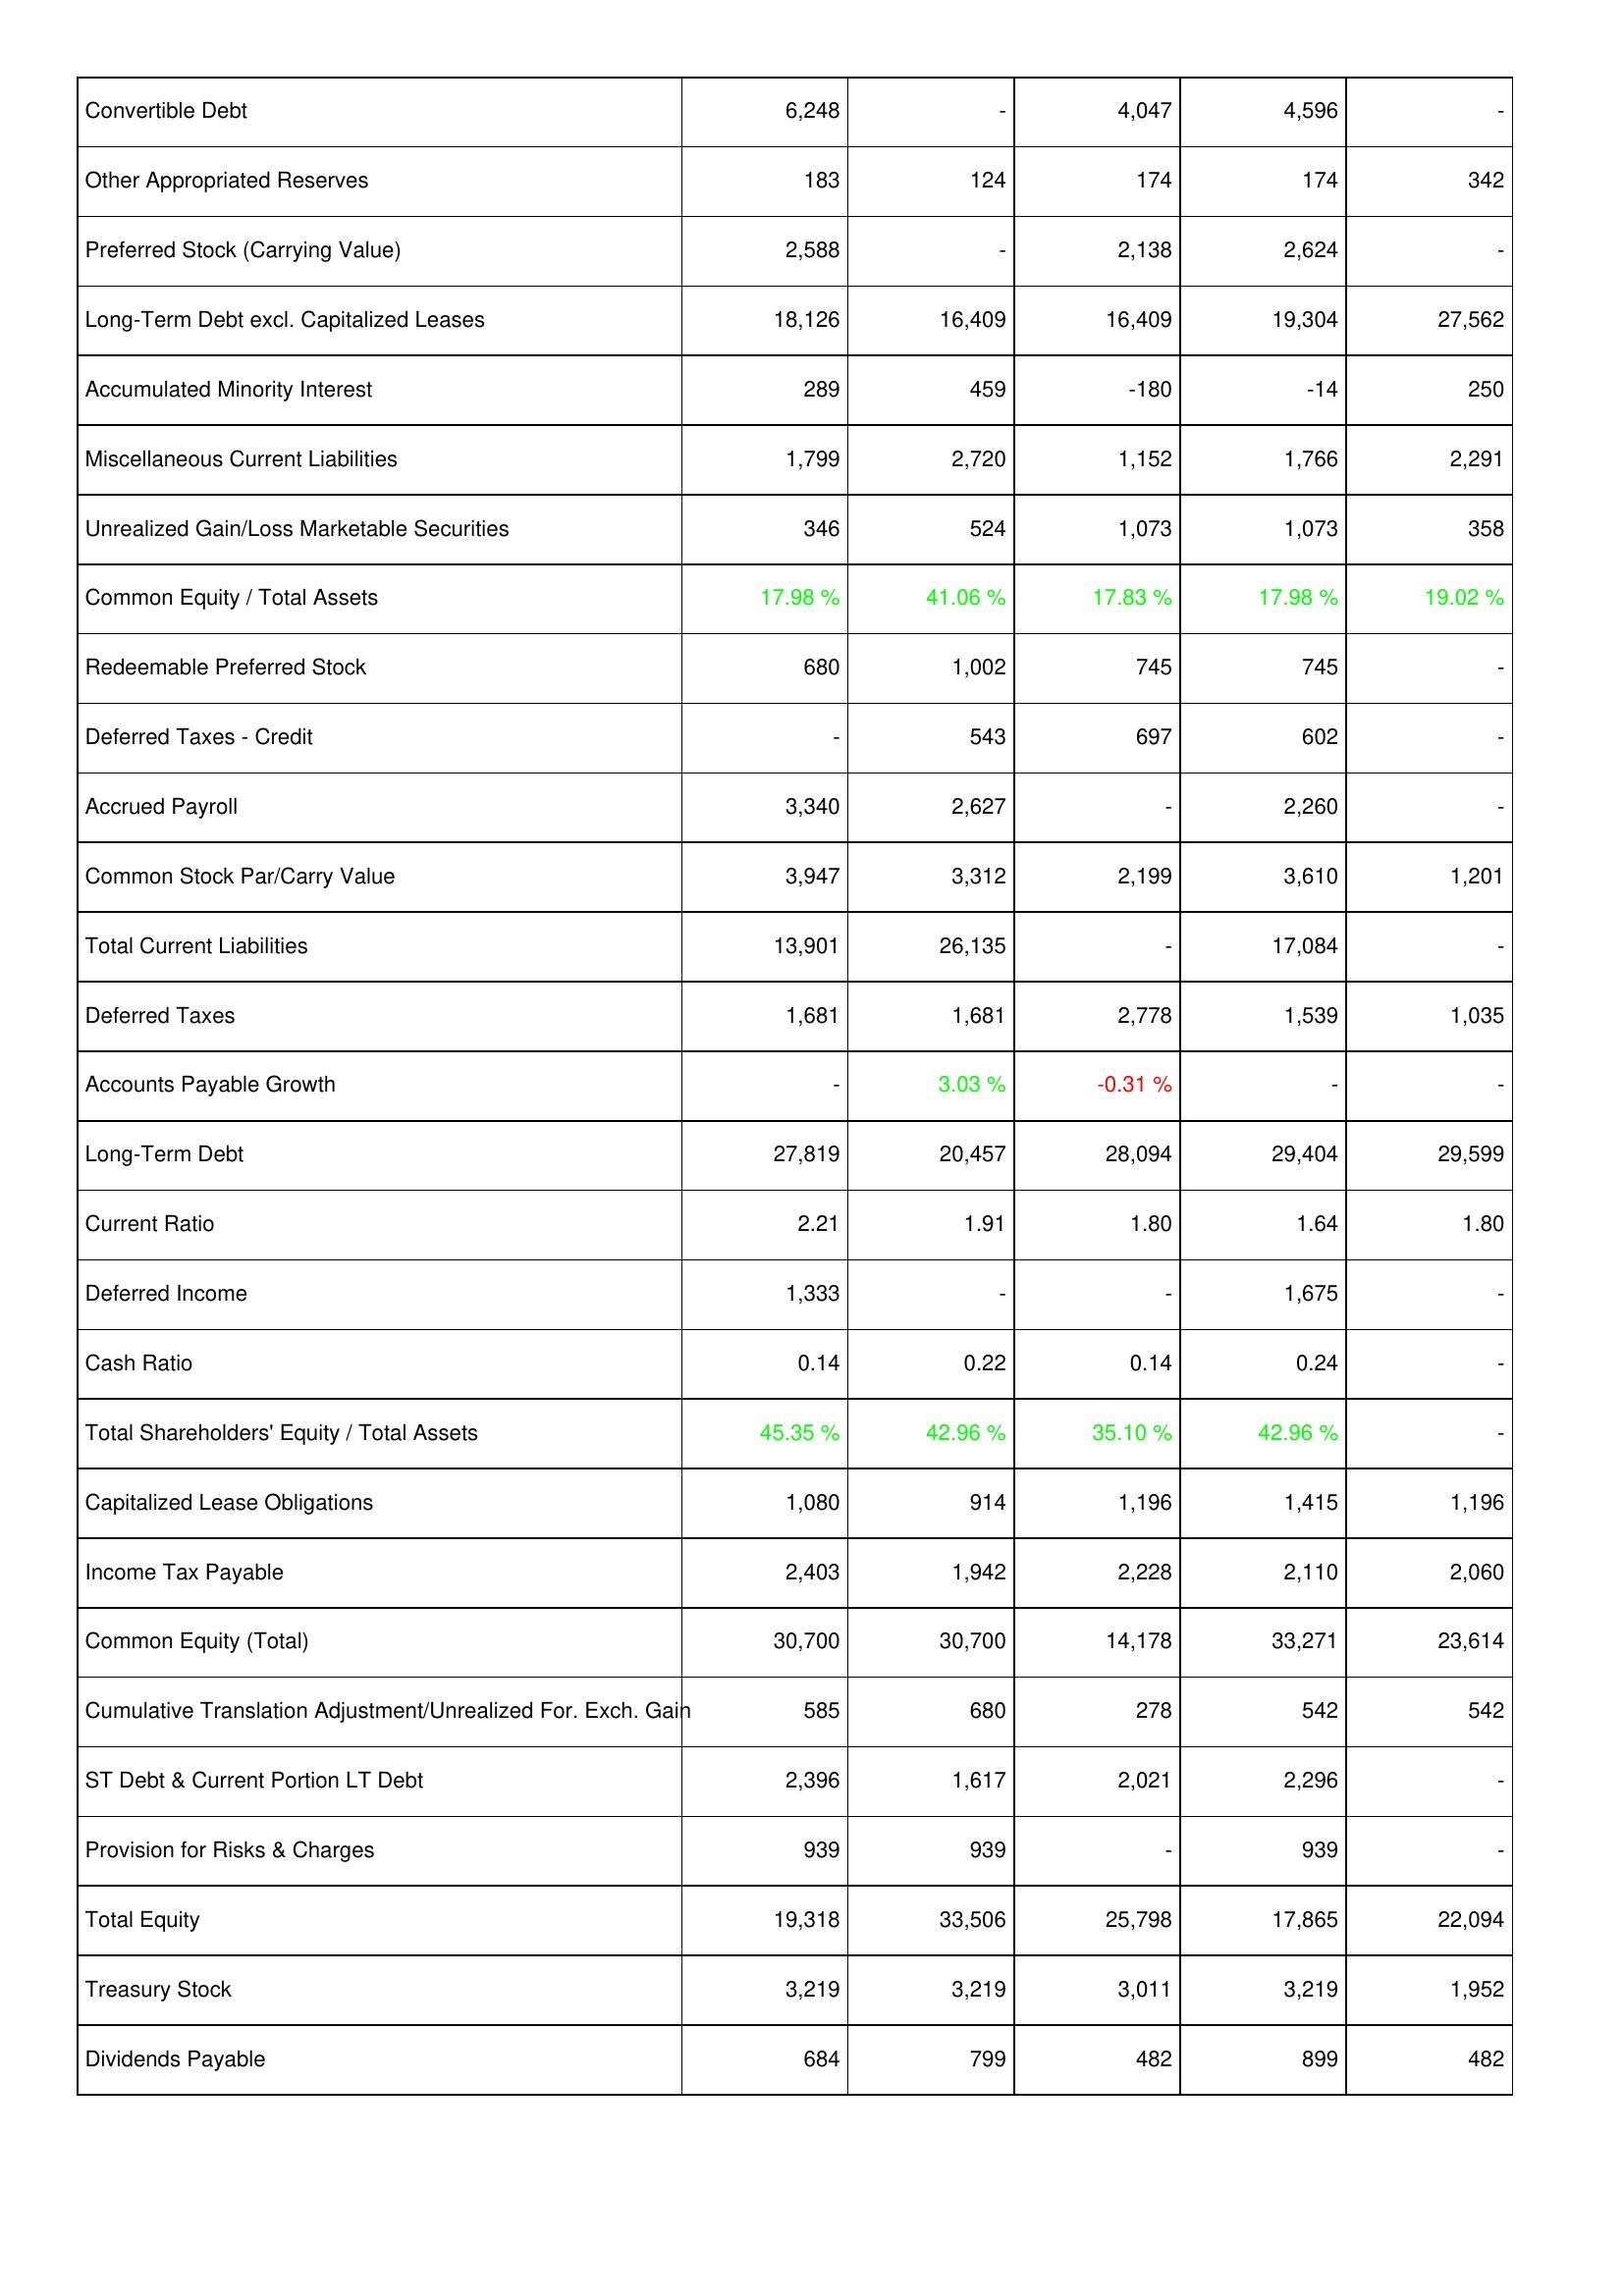
2005: Liabilities & Shareholders' Equity: Convertible Debt: 6,248
Other Appropriated Reserves: 183
Preferred Stock (Carrying Value): 2,588
Long-Term Debt excl. Capitalized Leases: 18,126
Accumulated Minority Interest: 289
Miscellaneous Current Liabilities: 1,799
Unrealized Gain/Loss Marketable Securities: 346
Common Equity / Total Assets: 17.98 %
Redeemable Preferred Stock: 680
Deferred Taxes - Credit: -
Accrued Payroll: 3,340
Common Stock Par/Carry Value: 3,947
Total Current Liabilities: 13,901
Deferred Taxes: 1,681
Accounts Payable Growth: -
Long-Term Debt: 27,819
Current Ratio: 2.21
Deferred Income: 1,333
Cash Ratio: 0.14
Total Shareholders' Equity / Total Assets: 45.35 %
Capitalized Lease Obligations: 1,080
Income Tax Payable: 2,403
Common Equity (Total): 30,700
Cumulative Translation Adjustment/Unrealized For. Exch. Gain: 585
ST Debt & Current Portion LT Debt: 2,396
Provision for Risks & Charges: 939
Total Equity: 19,318
Treasury Stock: 3,219
Dividends Payable: 684
2006: Liabilities & Shareholders' Equity: Convertible Debt: -
Other Appropriated Reserves: 124
Preferred Stock (Carrying Value): -
Long-Term Debt excl. Capitalized Leases: 16,409
Accumulated Minority Interest: 459
Miscellaneous Current Liabilities: 2,720
Unrealized Gain/Loss Marketable Securities: 524
Common Equity / Total Assets: 41.06 %
Redeemable Preferred Stock: 1,002
Deferred Taxes - Credit: 543
Accrued Payroll: 2,627
Common Stock Par/Carry Value: 3,312
Total Current Liabilities: 26,135
Deferred Taxes: 1,681
Accounts Payable Growth: 3.03 %
Long-Term Debt: 20,457
Current Ratio: 1.91
Deferred Income: -
Cash Ratio: 0.22
Total Shareholders' Equity / Total Assets: 42.96 %
Capitalized Lease Obligations: 914
Income Tax Payable: 1,942
Common Equity (Total): 30,700
Cumulative Translation Adjustment/Unrealized For. Exch. Gain: 680
ST Debt & Current Portion LT Debt: 1,617
Provision for Risks & Charges: 939
Total Equity: 33,506
Treasury Stock: 3,219
Dividends Payable: 799
2007: Liabilities & Shareholders' Equity: Convertible Debt: 4,047
Other Appropriated Reserves: 174
Preferred Stock (Carrying Value): 2,138
Long-Term Debt excl. Capitalized Leases: 16,409
Accumulated Minority Interest: -180
Miscellaneous Current Liabilities: 1,152
Unrealized Gain/Loss Marketable Securities: 1,073
Common Equity / Total Assets: 17.83 %
Redeemable Preferred Stock: 745
Deferred Taxes - Credit: 697
Accrued Payroll: -
Common Stock Par/Carry Value: 2,199
Total Current Liabilities: -
Deferred Taxes: 2,778
Accounts Payable Growth: -0.31 %
Long-Term Debt: 28,094
Current Ratio: 1.80
Deferred Income: -
Cash Ratio: 0.14
Total Shareholders' Equity / Total Assets: 35.10 %
Capitalized Lease Obligations: 1,196
Income Tax Payable: 2,228
Common Equity (Total): 14,178
Cumulative Translation Adjustment/Unrealized For. Exch. Gain: 278
ST Debt & Current Portion LT Debt: 2,021
Provision for Risks & Charges: -
Total Equity: 25,798
Treasury Stock: 3,011
Dividends Payable: 482
2008: Liabilities & Shareholders' Equity: Convertible Debt: 4,596
Other Appropriated Reserves: 174
Preferred Stock (Carrying Value): 2,624
Long-Term Debt excl. Capitalized Leases: 19,304
Accumulated Minority Interest: -14
Miscellaneous Current Liabilities: 1,766
Unrealized Gain/Loss Marketable Securities: 1,073
Common Equity / Total Assets: 17.98 %
Redeemable Preferred Stock: 745
Deferred Taxes - Credit: 602
Accrued Payroll: 2,260
Common Stock Par/Carry Value: 3,610
Total Current Liabilities: 17,084
Deferred Taxes: 1,539
Accounts Payable Growth: -
Long-Term Debt: 29,404
Current Ratio: 1.64
Deferred Income: 1,675
Cash Ratio: 0.24
Total Shareholders' Equity / Total Assets: 42.96 %
Capitalized Lease Obligations: 1,415
Income Tax Payable: 2,110
Common Equity (Total): 33,271
Cumulative Translation Adjustment/Unrealized For. Exch. Gain: 542
ST Debt & Current Portion LT Debt: 2,296
Provision for Risks & Charges: 939
Total Equity: 17,865
Treasury Stock: 3,219
Dividends Payable: 899
2009: Liabilities & Shareholders' Equity: Convertible Debt: -
Other Appropriated Reserves: 342
Preferred Stock (Carrying Value): -
Long-Term Debt excl. Capitalized Leases: 27,562
Accumulated Minority Interest: 250
Miscellaneous Current Liabilities: 2,291
Unrealized Gain/Loss Marketable Securities: 358
Common Equity / Total Assets: 19.02 %
Redeemable Preferred Stock: -
Deferred Taxes - Credit: -
Accrued Payroll: -
Common Stock Par/Carry Value: 1,201
Total Current Liabilities: -
Deferred Taxes: 1,035
Accounts Payable Growth: -
Long-Term Debt: 29,599
Current Ratio: 1.80
Deferred Income: -
Cash Ratio: -
Total Shareholders' Equity / Total Assets: -
Capitalized Lease Obligations: 1,196
Income Tax Payable: 2,060
Common Equity (Total): 23,614
Cumulative Translation Adjustment/Unrealized For. Exch. Gain: 542
ST Debt & Current Portion LT Debt: -
Provision for Risks & Charges: -
Total Equity: 22,094
Treasury Stock: 1,952
Dividends Payable: 482